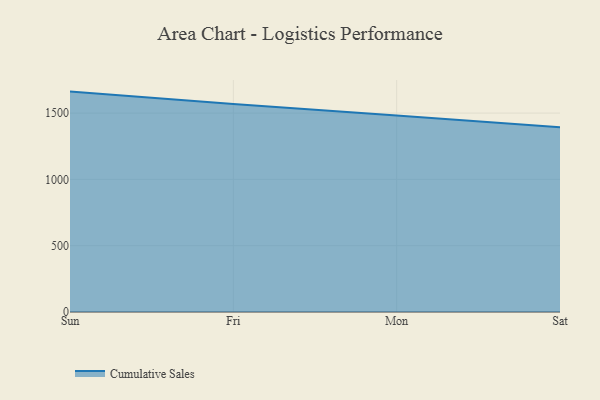
{"axis": {"x": "Day", "y": "Market Share (%)"}, "legend": ["Cumulative Sales"], "data": [{"x": "Sun", "y": 1662.0, "type": "Cumulative Sales"}, {"x": "Fri", "y": 1568.1, "type": "Cumulative Sales"}, {"x": "Mon", "y": 1481.8, "type": "Cumulative Sales"}, {"x": "Sat", "y": 1393.6, "type": "Cumulative Sales"}]}